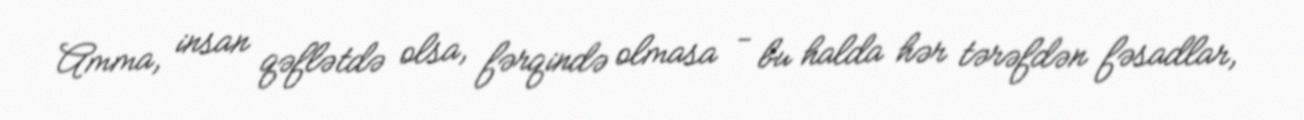
Amma, insan qəflətdə olsa, fərqində olmasa - bu halda hər tərəfdən fəsadlar,